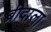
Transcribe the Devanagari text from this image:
ब्रीदाला